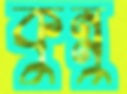
কুন্নু